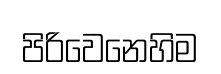
පිරිවෙනෙහිම